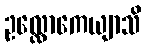
ဥလ္လောကေယျာသိ